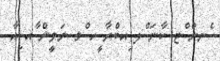
ެނން ްޓ ކާނަ ްލ ިއބްރާ ީހ ްމ ނަވީން ާއ ިއާ